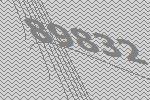
89832